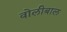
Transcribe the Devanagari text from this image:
वोलीबाल